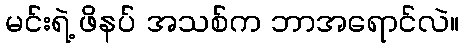
မင်းရဲ့ ဖိနပ် အသစ်က ဘာအရောင်လဲ။